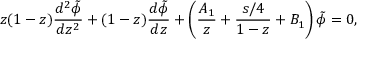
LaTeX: z ( 1 - z ) { \frac { d ^ { 2 } \tilde { \phi } } { d z ^ { 2 } } } + ( 1 - z ) { \frac { d \tilde { \phi } } { d z } } + \left( { \frac { A _ { 1 } } { z } } + { \frac { s / 4 } { 1 - z } } + B _ { 1 } \right) \tilde { \phi } = 0 ,